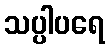
သပ္ပါပရေ